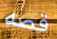
قصه